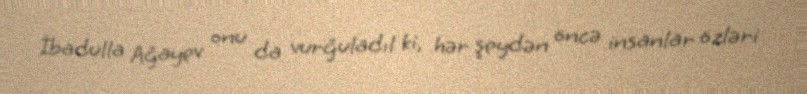
İbadulla Ağayev onu da vurğuladıl ki, hər şeydən öncə insanlar özləri